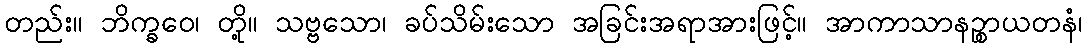
တည်း။ ဘိက္ခဝေ၊ တို့။ သဗ္ဗသော၊ ခပ်သိမ်းသော အခြင်းအရာအားဖြင့်။ အာကာသာနဉ္စာယတနံ၊